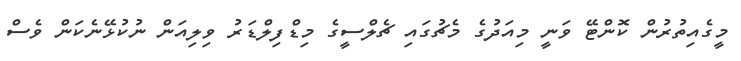
މީގެއިތުރުން ކޮންޓޭ ވަނީ މިއަދުގެ މެޗުގައި ޗެލްސީގެ މިޑްފިލްޑަރު ވިލިއަން ނުކުޅޭނެކަން ވެސް